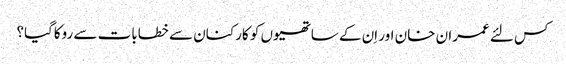
کس لئے عمران خان اور اِن کے ساتھیوں کو کارکنان سے خطابات سے روکاگیا؟